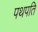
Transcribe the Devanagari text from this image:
पथपति